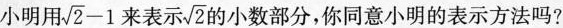
小明用 $$\sqrt { 2 } -1$$ 来表示 $$\sqrt { 2 }$$ 的小数部分，你同意小明的表示方法吗?